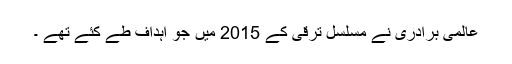
عالمی برادری نے مسلسل ترقی کے 2015 میں جو اہداف طے کئے تھے ۔